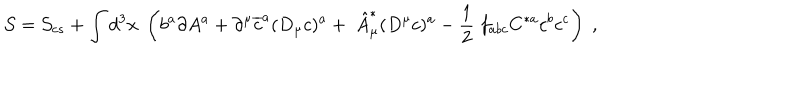
\mathcal { S } = \mathcal { S } _ { c s } + \int d ^ { 3 } x \; \left( b ^ { a } \partial A ^ { a } + \partial ^ { \mu } \overline { { { c } } } ^ { a } ( D _ { \mu } c ) ^ { a } + \; \hat { A } _ { \mu } ^ { * } ( D ^ { \mu } c ) ^ { a } - \frac 1 2 \; f _ { a b c } C ^ { * a } c ^ { b } c ^ { c } \right) \; ,